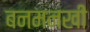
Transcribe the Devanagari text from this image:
बनमनखी